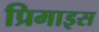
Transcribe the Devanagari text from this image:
प्रिमाइस